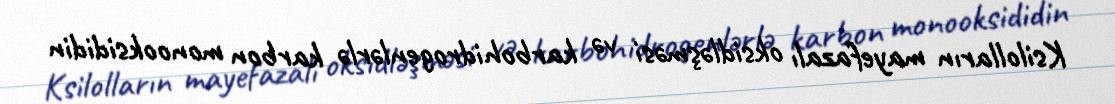
Ksilolların mayefazalı oksidləşməsi və karbohidrogenlərlə karbon monooksididin